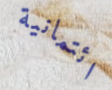
ائتمانية